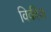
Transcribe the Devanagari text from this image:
विकीज